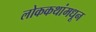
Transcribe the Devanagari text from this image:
लोककथांमधून